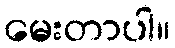
မေးတာပါ။